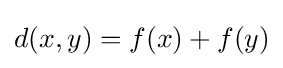
d(x,y)=f(x)+f(y)